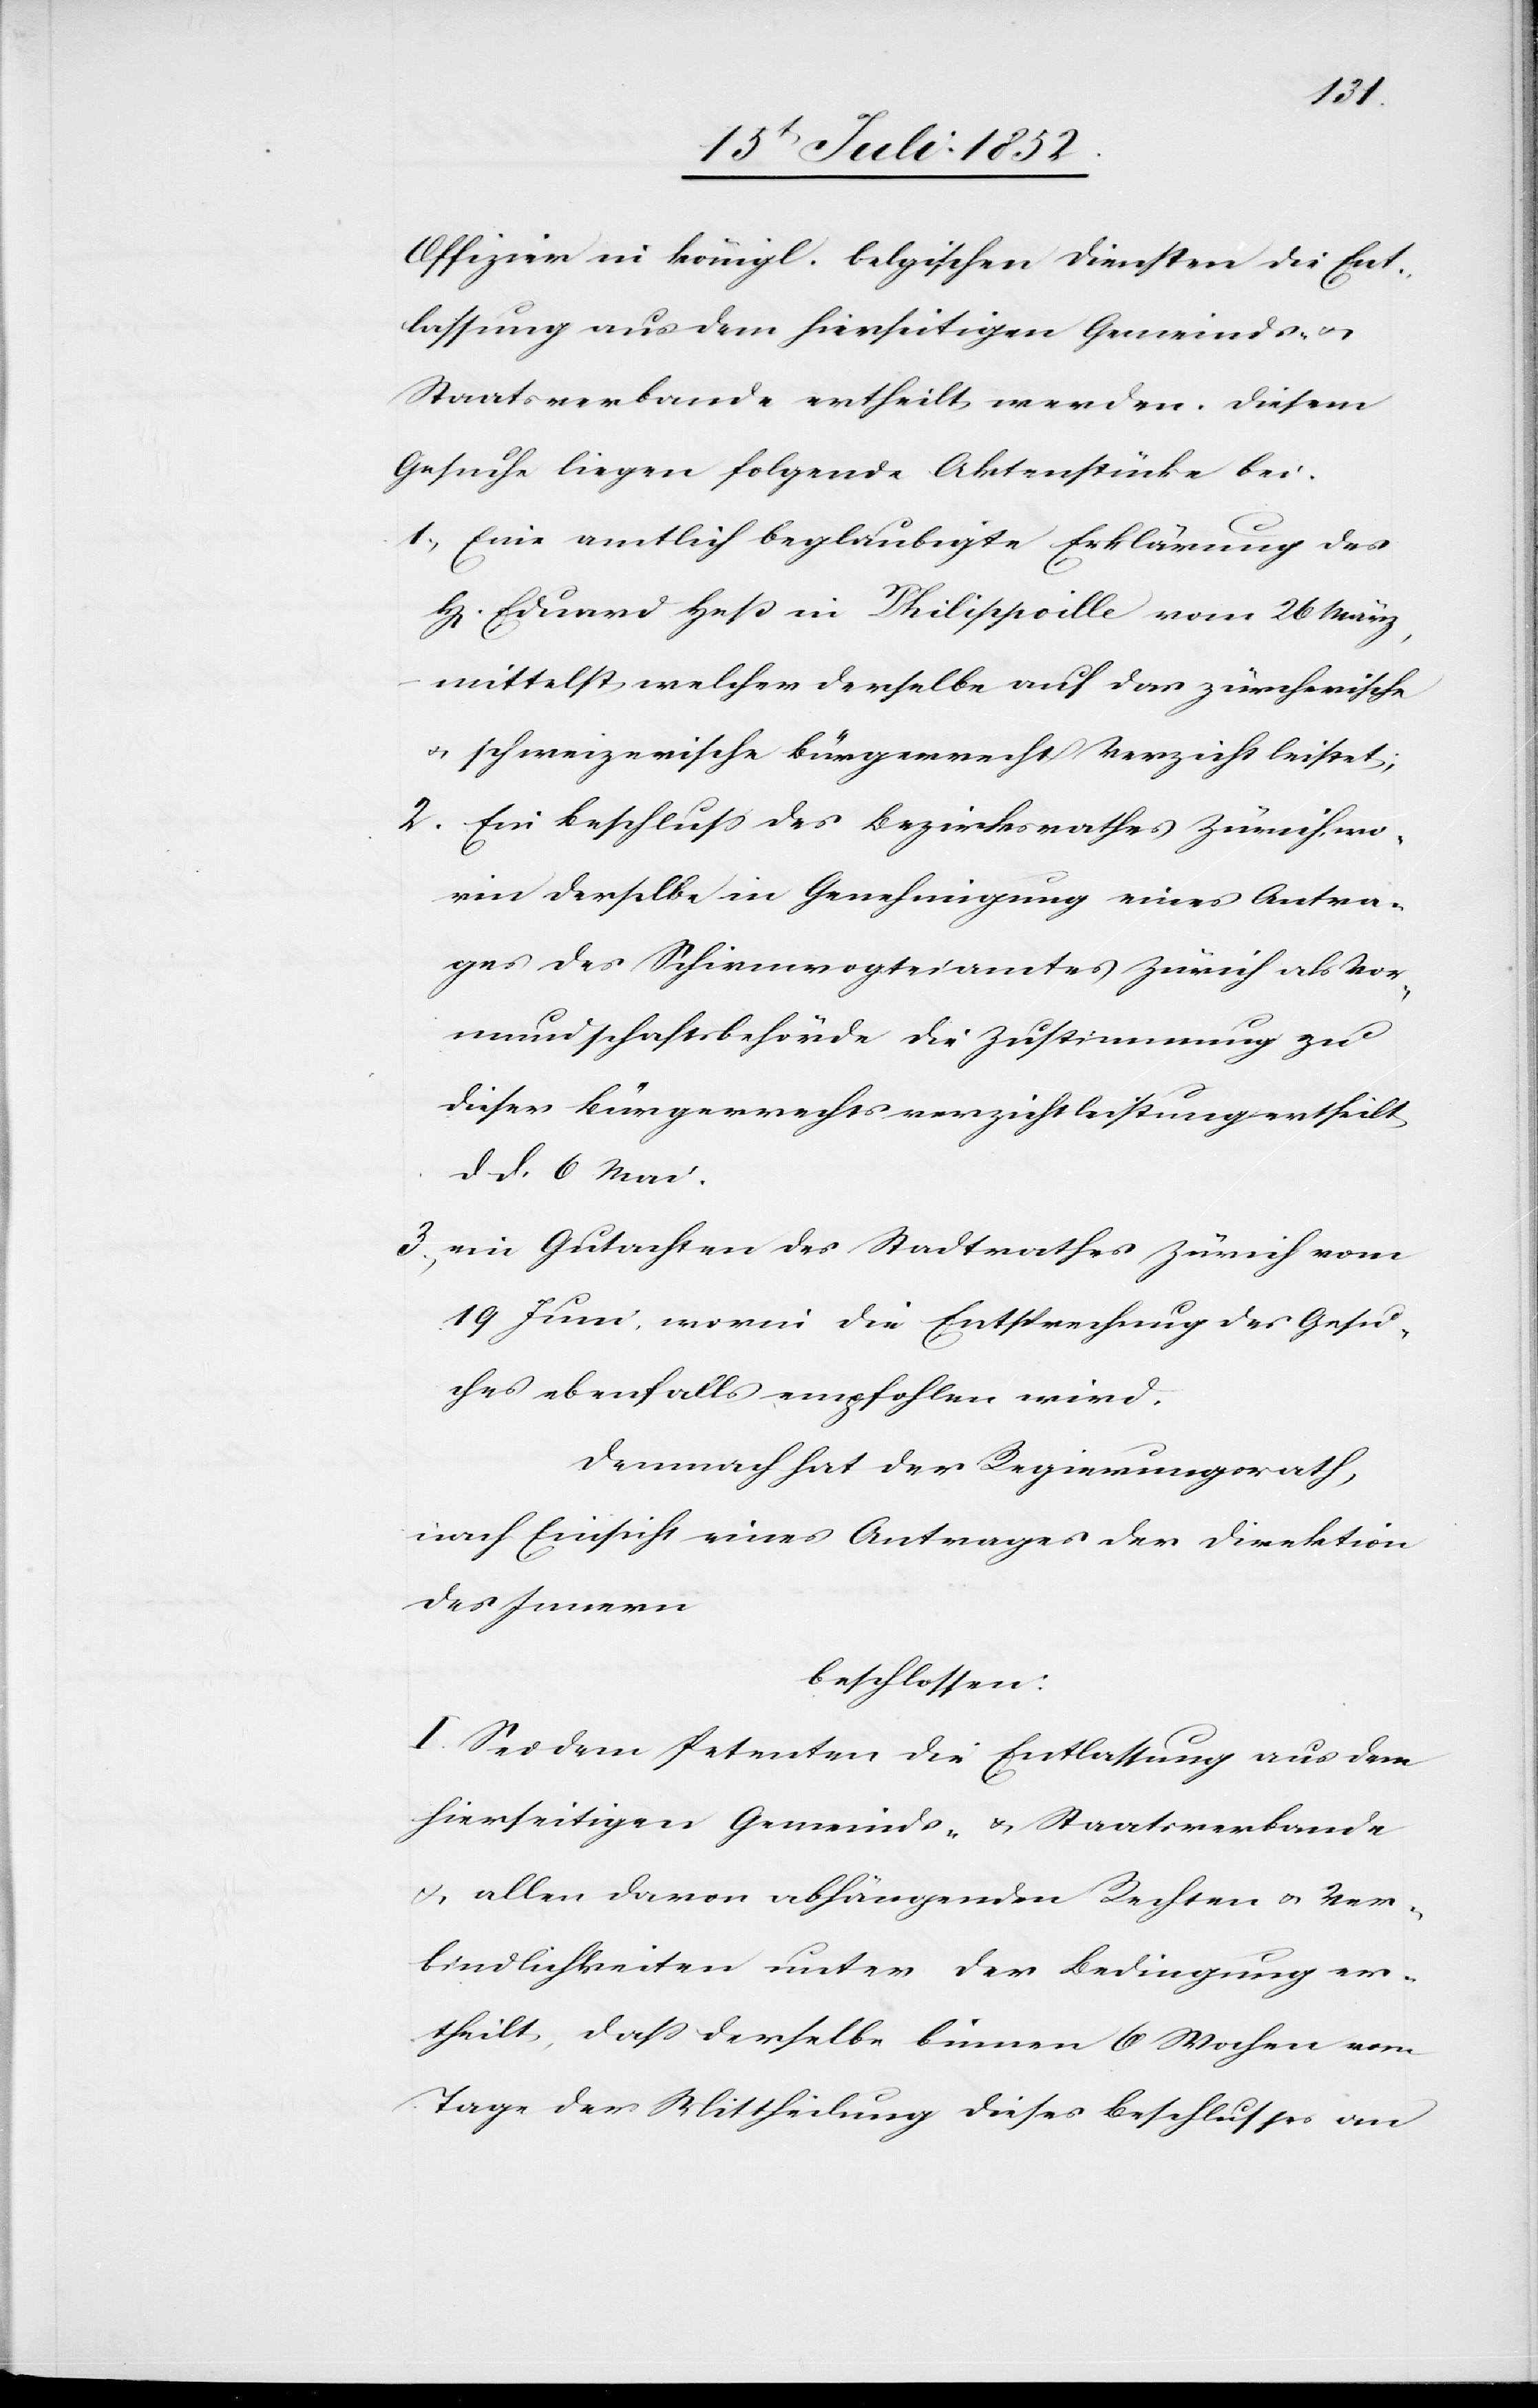
Offizier in königl. belgischen Diensten die Ent¬
lassung aus dem hierseitigen Gemeinds- &
Staatsverbande ertheilt werden. Diesem
Gesuche liegen folgende Aktenstücke bei.
Eine amtlich beglaubigte Erklärung des
Eduard Heß in Philippville vom 26 März,
mittelst welcher derselbe auf das zürcherische
& schweizerische Bürgerrecht Verzicht leistet;
Ein Beschluss des Bezirksrathes Zürich, wo¬
rin derselbe in Genehmigung eines Antra¬
ges des Schirmvogteiamtes Zürich als Vor¬
mundschaftsbehörde die Zustimmung zu
dieser Bürgerrechtsverzichtleistung ertheilt
d d. 6 Mai.
ein Gutachten des Stadtrathes Zürich vom
19 Juni, worin die Entsprechung des Gesu¬
ches ebenfalls empfohlen wird.
Demnach hat der Regierungsrath,
nach Einsicht eines Antrages der Direktion
des Innern
beschlossen:
I. Sei dem Petenten die Entlassung aus dem
hierseitigen Gemeinds- & Staatsverbande
& allen davon abhängenden Rechten & Ver¬
bindlichkeiten unter der Bedingung er¬
theilt, daß derselbe binnen 6 Wochen vom
Tage der Mittheilung dieses Beschlusses an